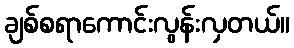
ချစ်စရာကောင်းလွန်းလှတယ်။